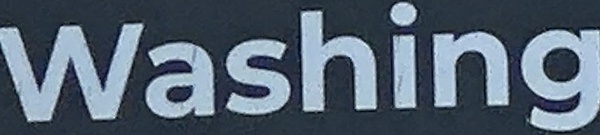
Washing